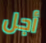
أجل